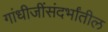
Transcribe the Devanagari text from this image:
गांधीजींसंदर्भांतील